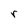
Character: r